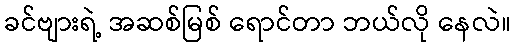
ခင်ဗျားရဲ့ အဆစ်မြစ် ရောင်တာ ဘယ်လို နေလဲ။